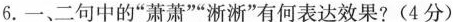
6.一、二句中的”萧萧””淅淅”有何表达效果?(4分)